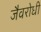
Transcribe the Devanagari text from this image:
जैवरोधी